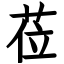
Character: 莅